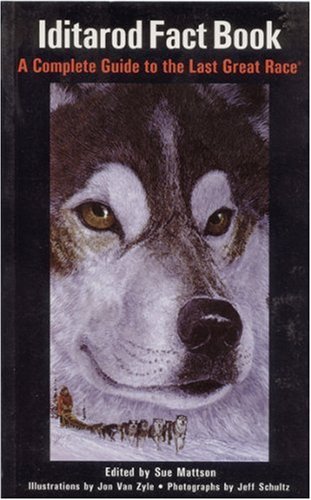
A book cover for The Iditarod Fact Book: A Complete Guide to the Last Great Race; Tricia Brown; Sports & Outdoors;